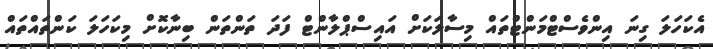
އެކަހަލަ ގިނަ އިންވެސްޓްމަންޓްތައް މިސާލަކަށް އައިސްޕްލާންޓް ފަދަ ތަންތަން ބިނާކޮށް މިކަހަލަ ކަންތައްތައް